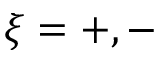
\xi = + , -